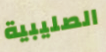
الصليبية